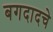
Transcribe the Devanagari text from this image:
बगदादचे